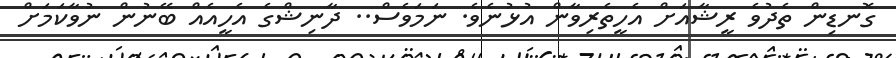
ގޮނޑިން ތެދުވެ ރީޝާއަށް އެހީތެރިވާާން އުޅުނެވެ. ނަމަވެސް.. ދާނިޝްގެ އެހީއެއް ބޭނުން ނުވާކަމަށް